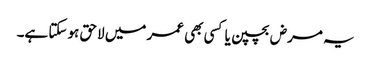
یہ مرض بچپن یا کسی بھی عمر میں لاحق ہو سکتا ہے۔